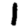
Digit: 1